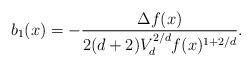
LaTeX: \begin{align*}b_1(x) = -\frac{\Delta f(x)}{2(d+2)V_d^{2/d} f(x)^{1+2/d}}.\end{align*}